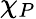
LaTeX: \chi_{P}